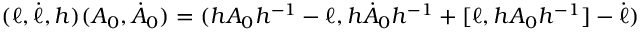
( \ell , \dot { \ell } , h ) ( A _ { 0 } , \dot { A } _ { 0 } ) = ( h A _ { 0 } h ^ { - 1 } - \ell , h \dot { A } _ { 0 } h ^ { - 1 } + [ \ell , h A _ { 0 } h ^ { - 1 } ] - \dot { \ell } )